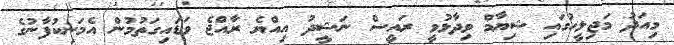
މިއަދު މަޖިލީހުގައި ޝިޔާމް ވިދާޅުވީ ރައީސް ނަޝީދު އިއްޔެ ރާއްޖެ ވަޑައިގަތުމުން އެމަނިކުފާނުގެ